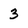
Character: 3